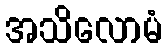
အသိလောမံ